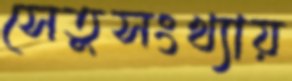
সেতুসংখ্যায়